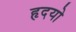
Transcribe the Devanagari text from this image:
हृदयो